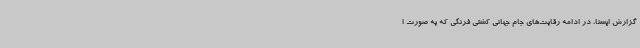
گزارش ایسنا، در ادامه رقابت‌های جام جهانی کشتی فرنگی که به صورت ا